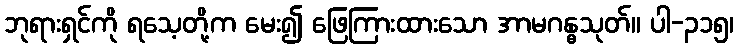
ဘုရားရှင်ကို ရသေ့တို့က မေး၍ ဖြေကြားထားသော အာမဂန္ဓသုတ်။ ပါ-၃၁၅၊